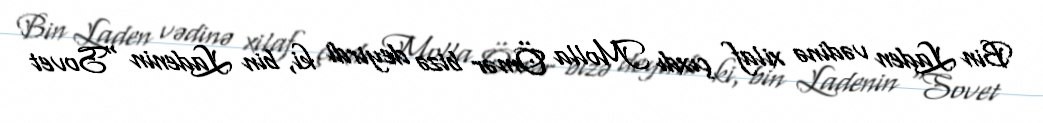
Bin Laden vədinə xilaf çıxdı Molla Ömər bizə deyirdi ki, bin Ladenin “Sovet